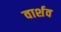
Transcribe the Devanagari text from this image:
वार्शव